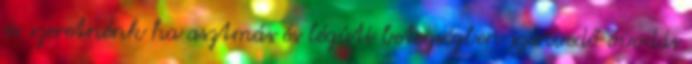
és szeretnénk ha asztmás és légúti betegségben szenvedő óvodás